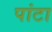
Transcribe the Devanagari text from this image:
पांटा